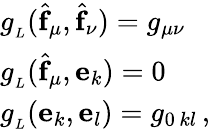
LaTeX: \begin{array}{ll}{{g_{_L}(\widehat{\mathbf{f}}_{\mu},\widehat{\mathbf{f}}_{\nu})=g_{\mu\nu}}}\\ {{g_{_L}(\widehat{\mathbf{f}}_{\mu},\mathbf{e}_{k})=0}}\\ {{g_{_L}(\mathbf{e}_{k},\mathbf{e}_{l})=g_{0\, kl}\, ,}}\end{array}